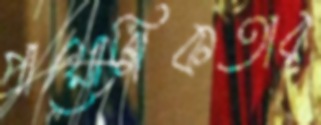
প্রায়োগিকতার